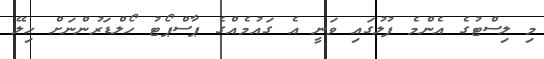
މި ލިސްޓުގެ އެންމެ ފުލުގައި ވަނީ އެ ގައުމެއްގެ ޕާސްޕޯޓު ހޯލްޑަރުންނަށް ހިލޭ